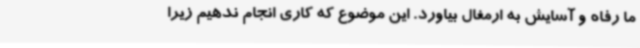
ما رفاه و آسایش به ارمغال بیاورد. این موضوع که کاری انجام ندهیم زیرا